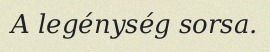
A legénység sorsa.